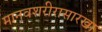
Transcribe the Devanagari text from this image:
मानवशरीरासारखा